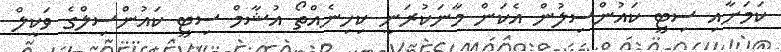
ކަމަށާއި ސިޓީ ކައުންސިލުން އެކަން މާނަކުރަނީ ކިހިނެއްތޯ އުޝާމް ސިޓީ ކައުންސިލްގެ ވަކީލް